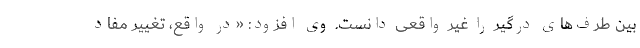
بین طرف‌های درگیر را غیر واقعی دانست. وی افزود: «در واقع، تغییر مفاد